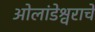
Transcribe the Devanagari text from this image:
ओलांडेश्वराचे